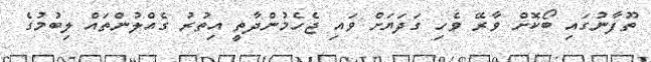
ތޫފާނުގައި ބޯކޮށް ވާރޭ ވެހި ގަދަޔަށް ވައި ޖެހެމުންދާތީ އިތުރު ގެއްލުންތައް ލިބުމުގެ